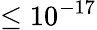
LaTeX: \leq 10^{-17}